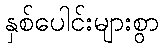
နှစ်ပေါင်းများစွာ